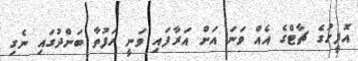
އޮފީހުގެ ޗާޓްގެ އެއް ވަނަ އަށް އަރާފައި ވަނީ ހަފުތާ ބަންދުގައި ނެގި